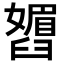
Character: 𬛾